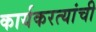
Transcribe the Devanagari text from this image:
कार्यकरत्यांची